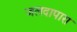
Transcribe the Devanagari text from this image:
जलदापारा